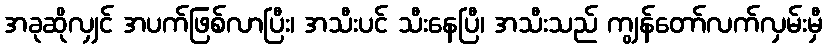
အခုဆိုလျှင် အပက်ဖြစ်လာပြီး၊ အသီးပင် သီးနေပြီ၊ အသီးသည် ကျွန်တော်လက်လှမ်းမှီ